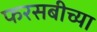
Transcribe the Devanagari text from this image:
फरसबीच्या